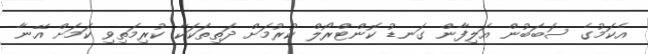
އެކަމުގެ ސަބަބުން އަލިފާން ގަނޑު ކޮންޓްރޯލް ކުރުމަށް ދަތިތަކަކާ ކުރިމަތިވި ކަމަށް އޭނާ